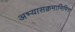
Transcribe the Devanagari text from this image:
अभ्यासक्रमानिमित्त